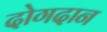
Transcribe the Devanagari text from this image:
दोगदान